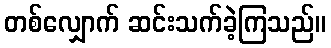
တစ်လျှောက် ဆင်းသက်ခဲ့ကြသည်။